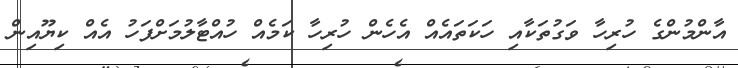
އާންމުންގެ ހުރިހާ ވަގުތަކާއި ހަކަތައެއް އެހެން ހުރިހާ ކަމެއް ހުއްޓާލުމަށްފަހު އެއް ކިޔޫއިން